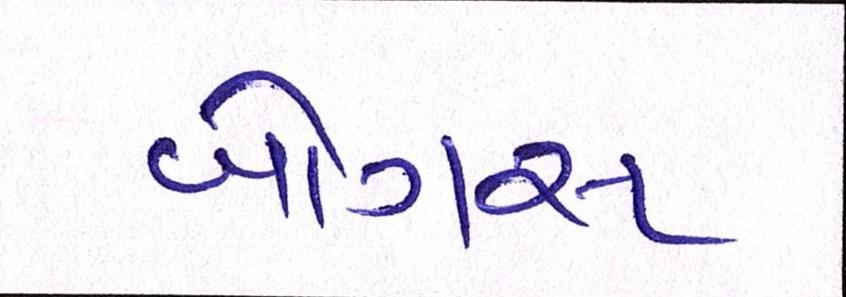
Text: બોગસ